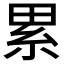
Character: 累